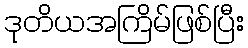
ဒုတိယအကြိမ်ဖြစ်ပြီး